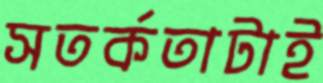
সতর্কতাটাই